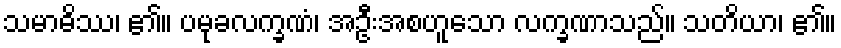
သမာဓိဿ၊ ၏။ ပမုခလက္ခဏံ၊ အဦးအစဟူသော လက္ခဏာသည်။ သတိယာ၊ ၏။